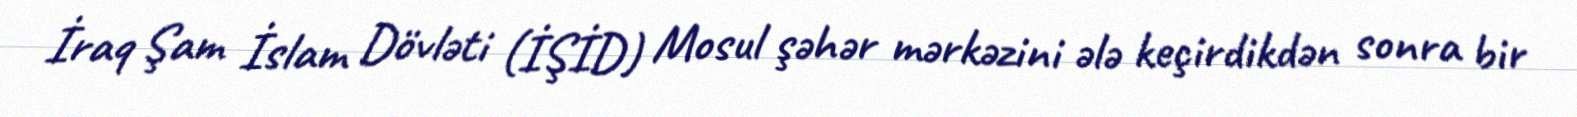
İraq Şam İslam Dövləti (İŞİD) Mosul şəhər mərkəzini ələ keçirdikdən sonra bir